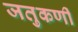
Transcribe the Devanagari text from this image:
जतुकर्णी